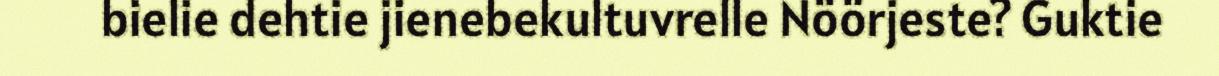
bielie dehtie jienebekultuvrelle Nöörjeste? Guktie